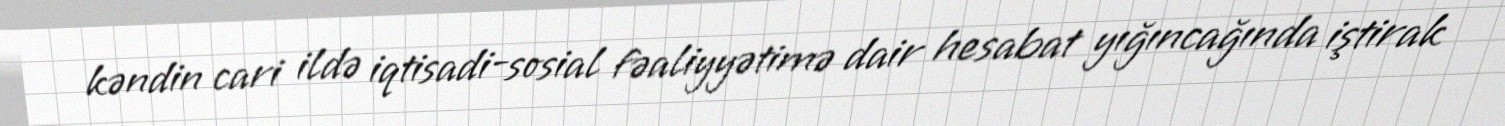
kəndin cari ildə iqtisadi-sosial fəaliyyətimə dair hesabat yığıncağında iştirak